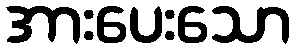
အားပေးသော